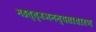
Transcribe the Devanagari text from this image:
महत्त्वअनन्यसाधारण